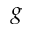
g